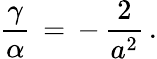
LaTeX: \frac{\gamma}{\alpha}\, =\, -\, \frac{2}{a^{2}}\, {.}